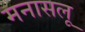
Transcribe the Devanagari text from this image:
मनासलू